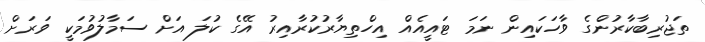
ތަޖުރިބާކާރުންގެ ވާހަކައިން ނަމަ ޓައީއެއް އިހްތިޔާރުކުރާއިރު އޭގެ ކުލަ އަށް ސަމާލުވުމަކީ ވަރަށް